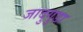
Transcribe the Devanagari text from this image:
जादुगुडा